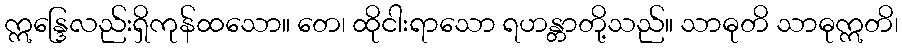
ဣန္ဒြေလည်းရှိကုန်ထသော။ တေ၊ ထိုငါးရာသော ရဟန္တာတို့သည်။ သာဓုတိ သာဓုဣတိ၊